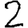
Digit: 2